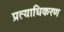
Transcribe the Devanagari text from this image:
प्रत्याधिकरण